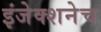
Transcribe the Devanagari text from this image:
इंजेक्शनेच